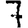
Digit: 7